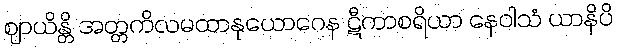
ဈာယိန္တိ အတ္တကိလမထာနုယောဂေန ဋီကာစရိယာ နေဝါသံ ယာနိပိ